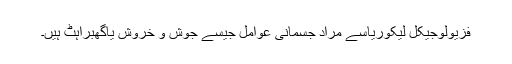
فزیولوجیکل لیکوریاسے مراد جسمانی عوامل جیسے جوش و خروش یاگھبراہٹ ہیں۔